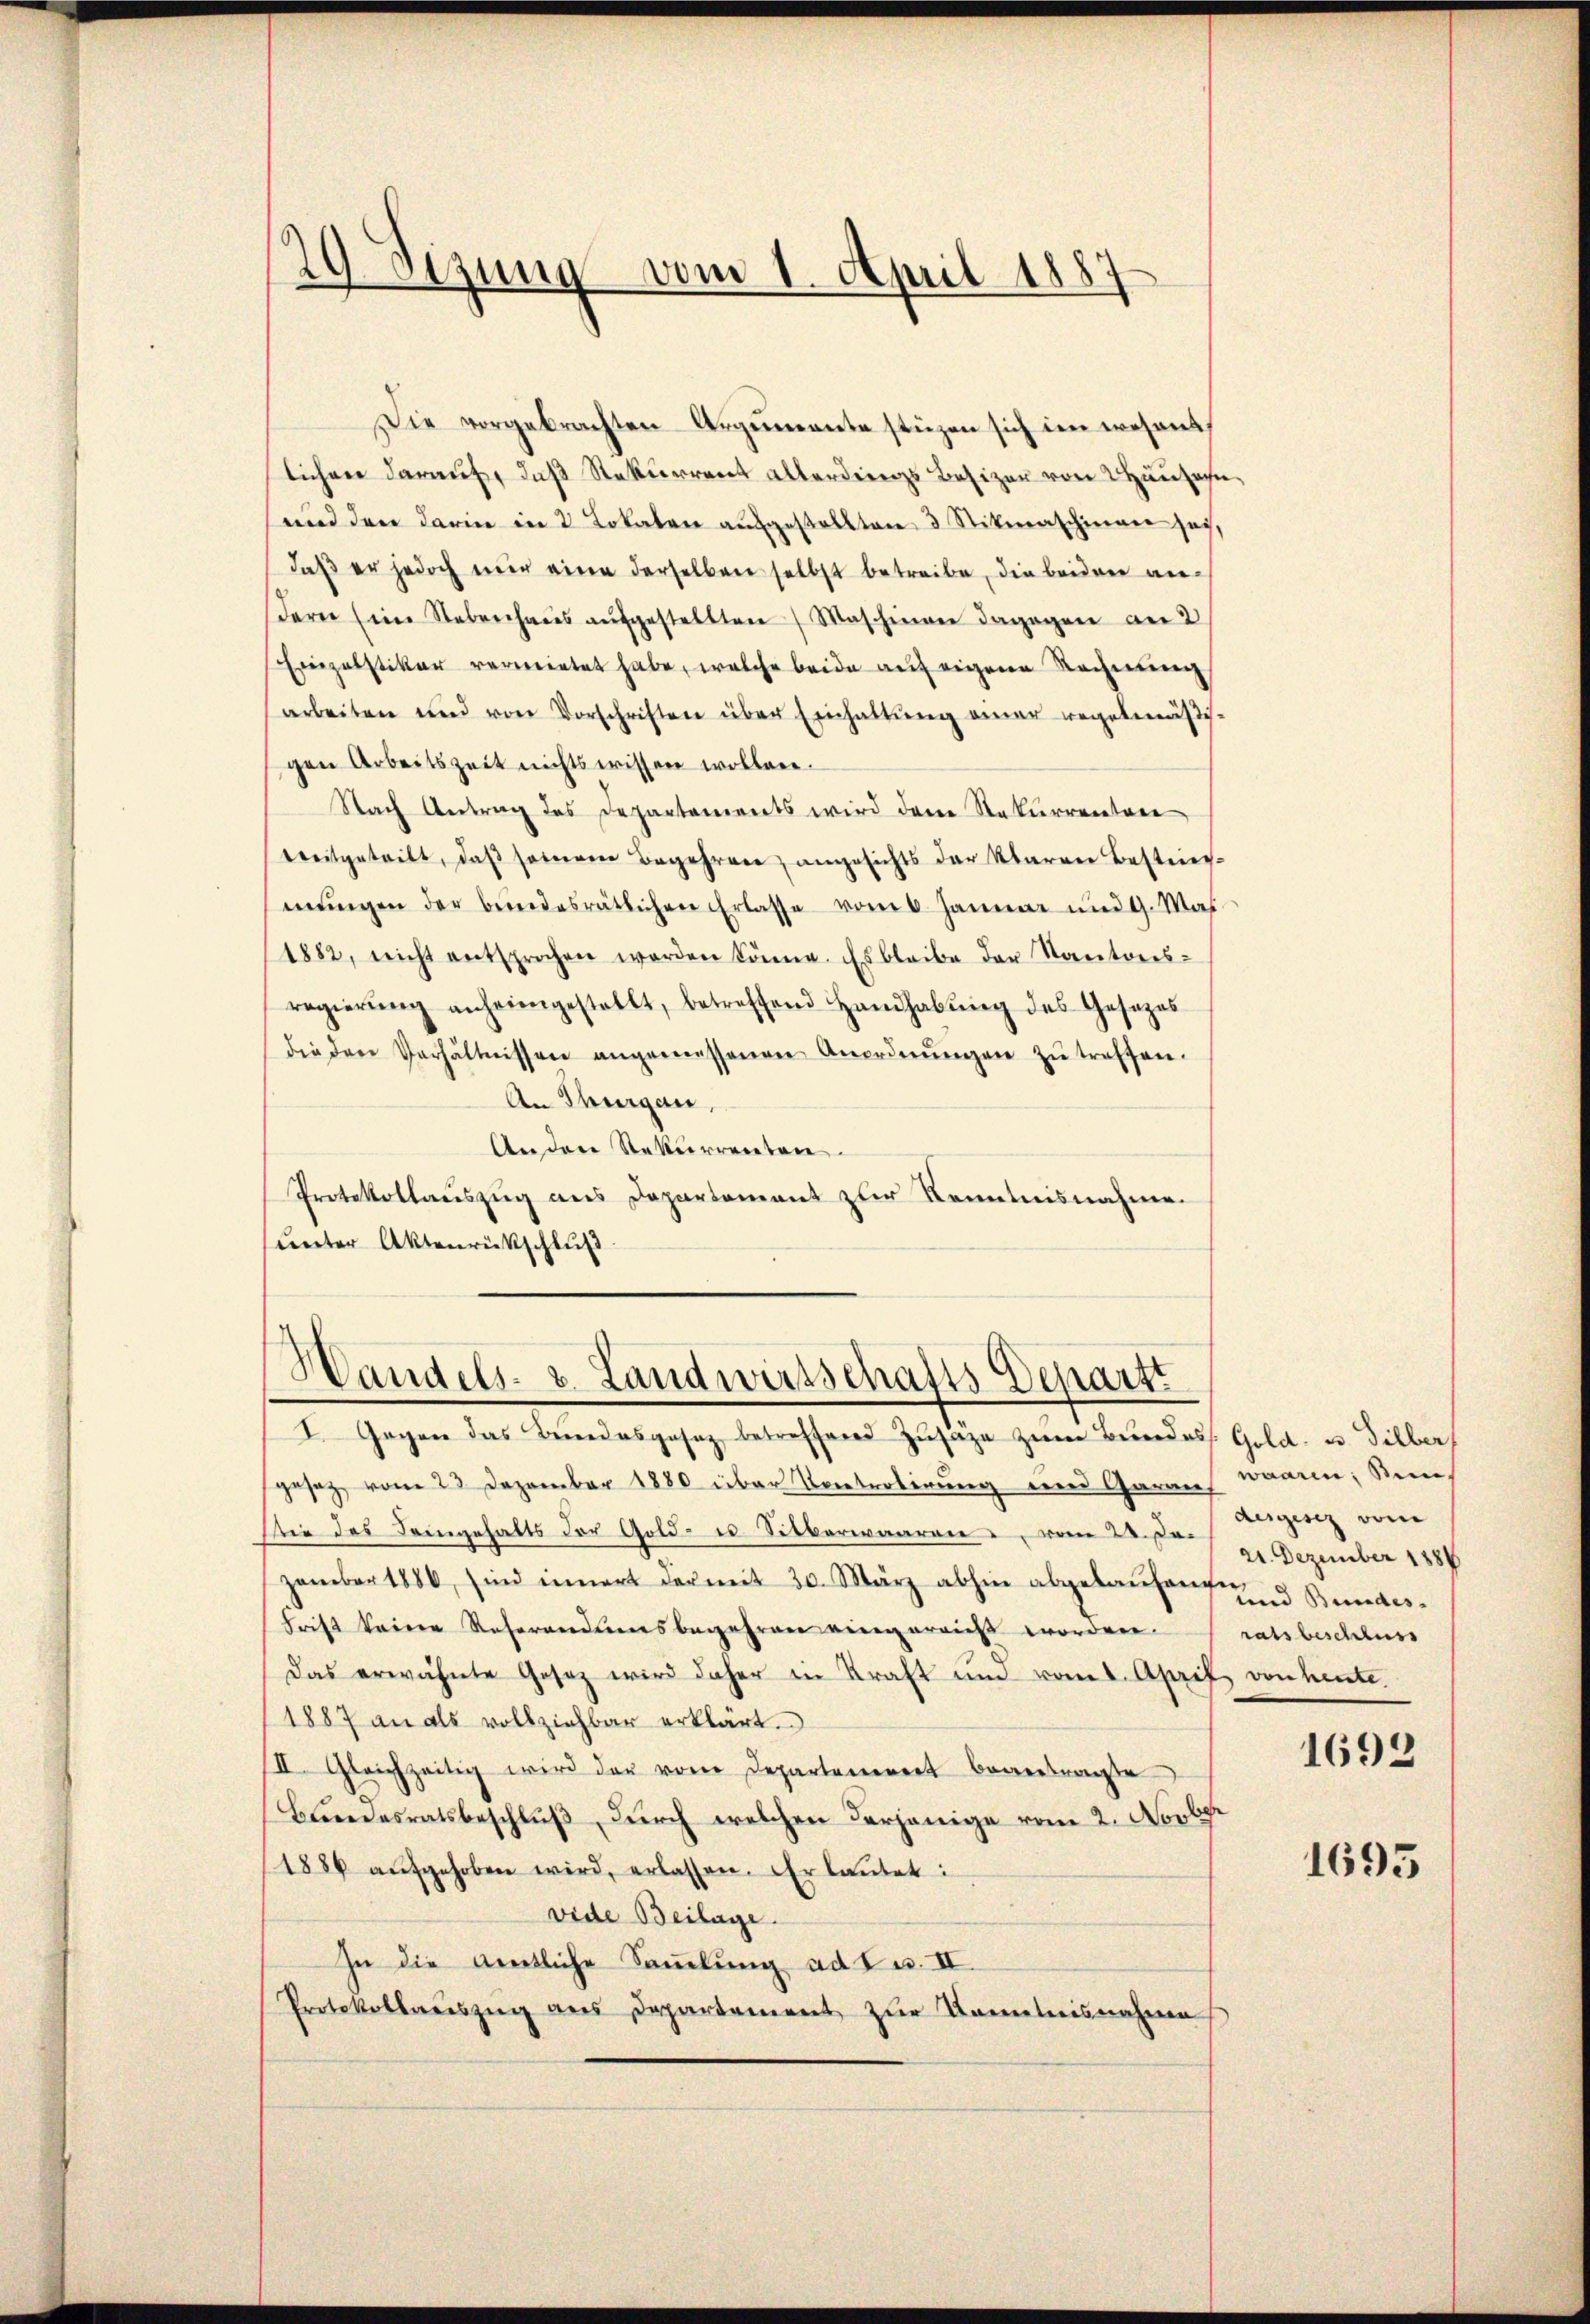
29 Sezung vom 1. April 1887

Die vorgebrachten Argumente stüzen sich im wesent
lichen darauf, daß Rekurrent allerdings Besizer von Hausen,
und den darin in 2 Lokalen aufgestellten 3 Stitmaschinen sei,
daβ er jedoch mir eine derselben selbst betreibe, die beiden andern (im Nebenhaŭs aŭfgestellten Maschinen dagegen am 2
Einzelstiker vermietet habe, welche beide auf eigene Rechnung
arbeiten und von Vorschriften über Einhaltŭng einer gegebenäßigen Arbeitszeit nichts wissen wollen.
Nach Antrag des Departements wird den Rekurrentare
treitgetritt, daβ seinem Begehrere angesichts der Karre Bestrie-
mŭngen der bundesrätlichen Erlasse vom 6. Januar und 9. Mas
1882, nicht entsprochen werden könne. Es bleibe der Kantons-
regierŭng anheimgestellt, betreffend Handhabŭng des Gesezes
die der Verhältnissen angemessenen Anordnŭngen zŭ treffen.
An Thurgau,
Andere Rekurrereten.
Protokollauszug aus Departement zur Kenntnisnahme.
unter Aktenrückschluß.

Handels- u. Landwirtschafts-Departt
I. Gegen das Bundesgesez betreffend Zŭsäge zŭm Bŭndess. Gold- u. Silber

gesez vom 23 Dezember 1880 über Kontrolirung und Garan worin, Sein
Wie des Feingehalts der Gold- u. Silberwaaren vom 22. Dezember 1888
zember 1886, sind innert der mit 30. März abhin abgelaufen und Bundes-
Frist keine Referandesbegehren eingereicht worden ratsbeschluss
Das erwähnte Gesez wird daher in Kraft und vom 1. April von heute.
1887 an als vollziehbar erklärt.
III. Gleichzeitig wird der von Departanereit beantrage
Beendesratsbeschlŭβ dŭrch welchen derjenige vom 2. Novbr
1886 aŭfgehoben wird, erlassen. Er laŭtet:
vide Beilage.
In die amtliche Sammlung ad I u. II.
Protokollauszug aus Departement zur Kenntnisnahme

desgesez vom
1692
1695